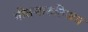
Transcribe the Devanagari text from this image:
गीतमारुतिजय